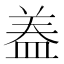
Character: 𭾂